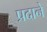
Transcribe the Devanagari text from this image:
प्रदाने